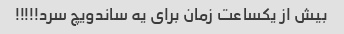
بیش از یکساعت زمان برای یه ساندویچ سرد!!!!!